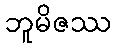
ဘူမိဇဿ